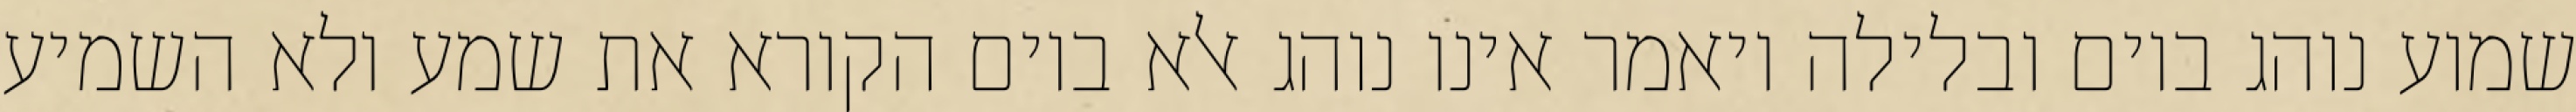
שמוע נוהג ביום ובלילה ויאמר אינו נוהג אלא ביום הקורא את שמע ולא השמיע